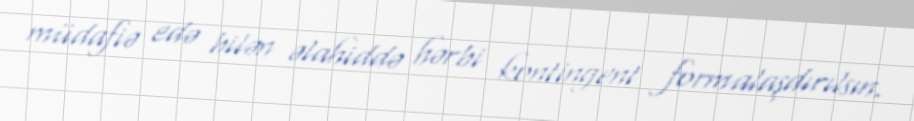
müdafiə edə bilən əlahiddə hərbi kontingent formalaşdırılsın.